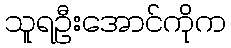
သူရဦးအောင်ကိုက